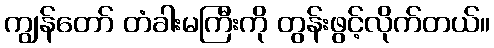
ကျွန်တော် တံခါးမကြီးကို တွန်းဖွင့်လိုက်တယ်။